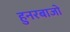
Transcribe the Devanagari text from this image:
हुनरबाजो